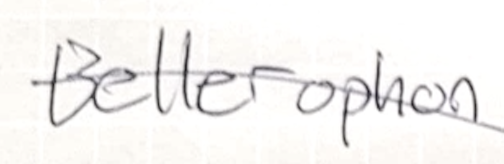
Text: Bellerophon
Cross-out: diagonal
Writing tool: pencil